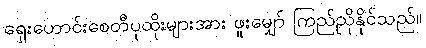
ရှေးဟောင်းစေတီပုထိုးများအား ဖူးမျှော် ကြည်ညိုနိုင်သည်။